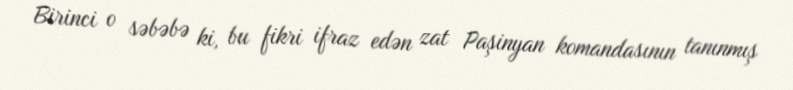
Birinci o səbəbə ki, bu fikri ifraz edən zat Paşinyan komandasının tanınmış